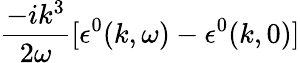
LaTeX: \frac{-ik^{3}}{2\omega}[\epsilon^{0}(k,\omega)-\epsilon^{0}(k,0)]